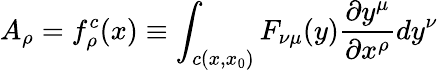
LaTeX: A_{\rho}=f_{\rho}^{c}(x)\equiv\int_{c(x,x_{0})}F_{\nu\mu}(y)\frac{\partial y^{\mu}}{\partial x^{\rho}}dy^{\nu}